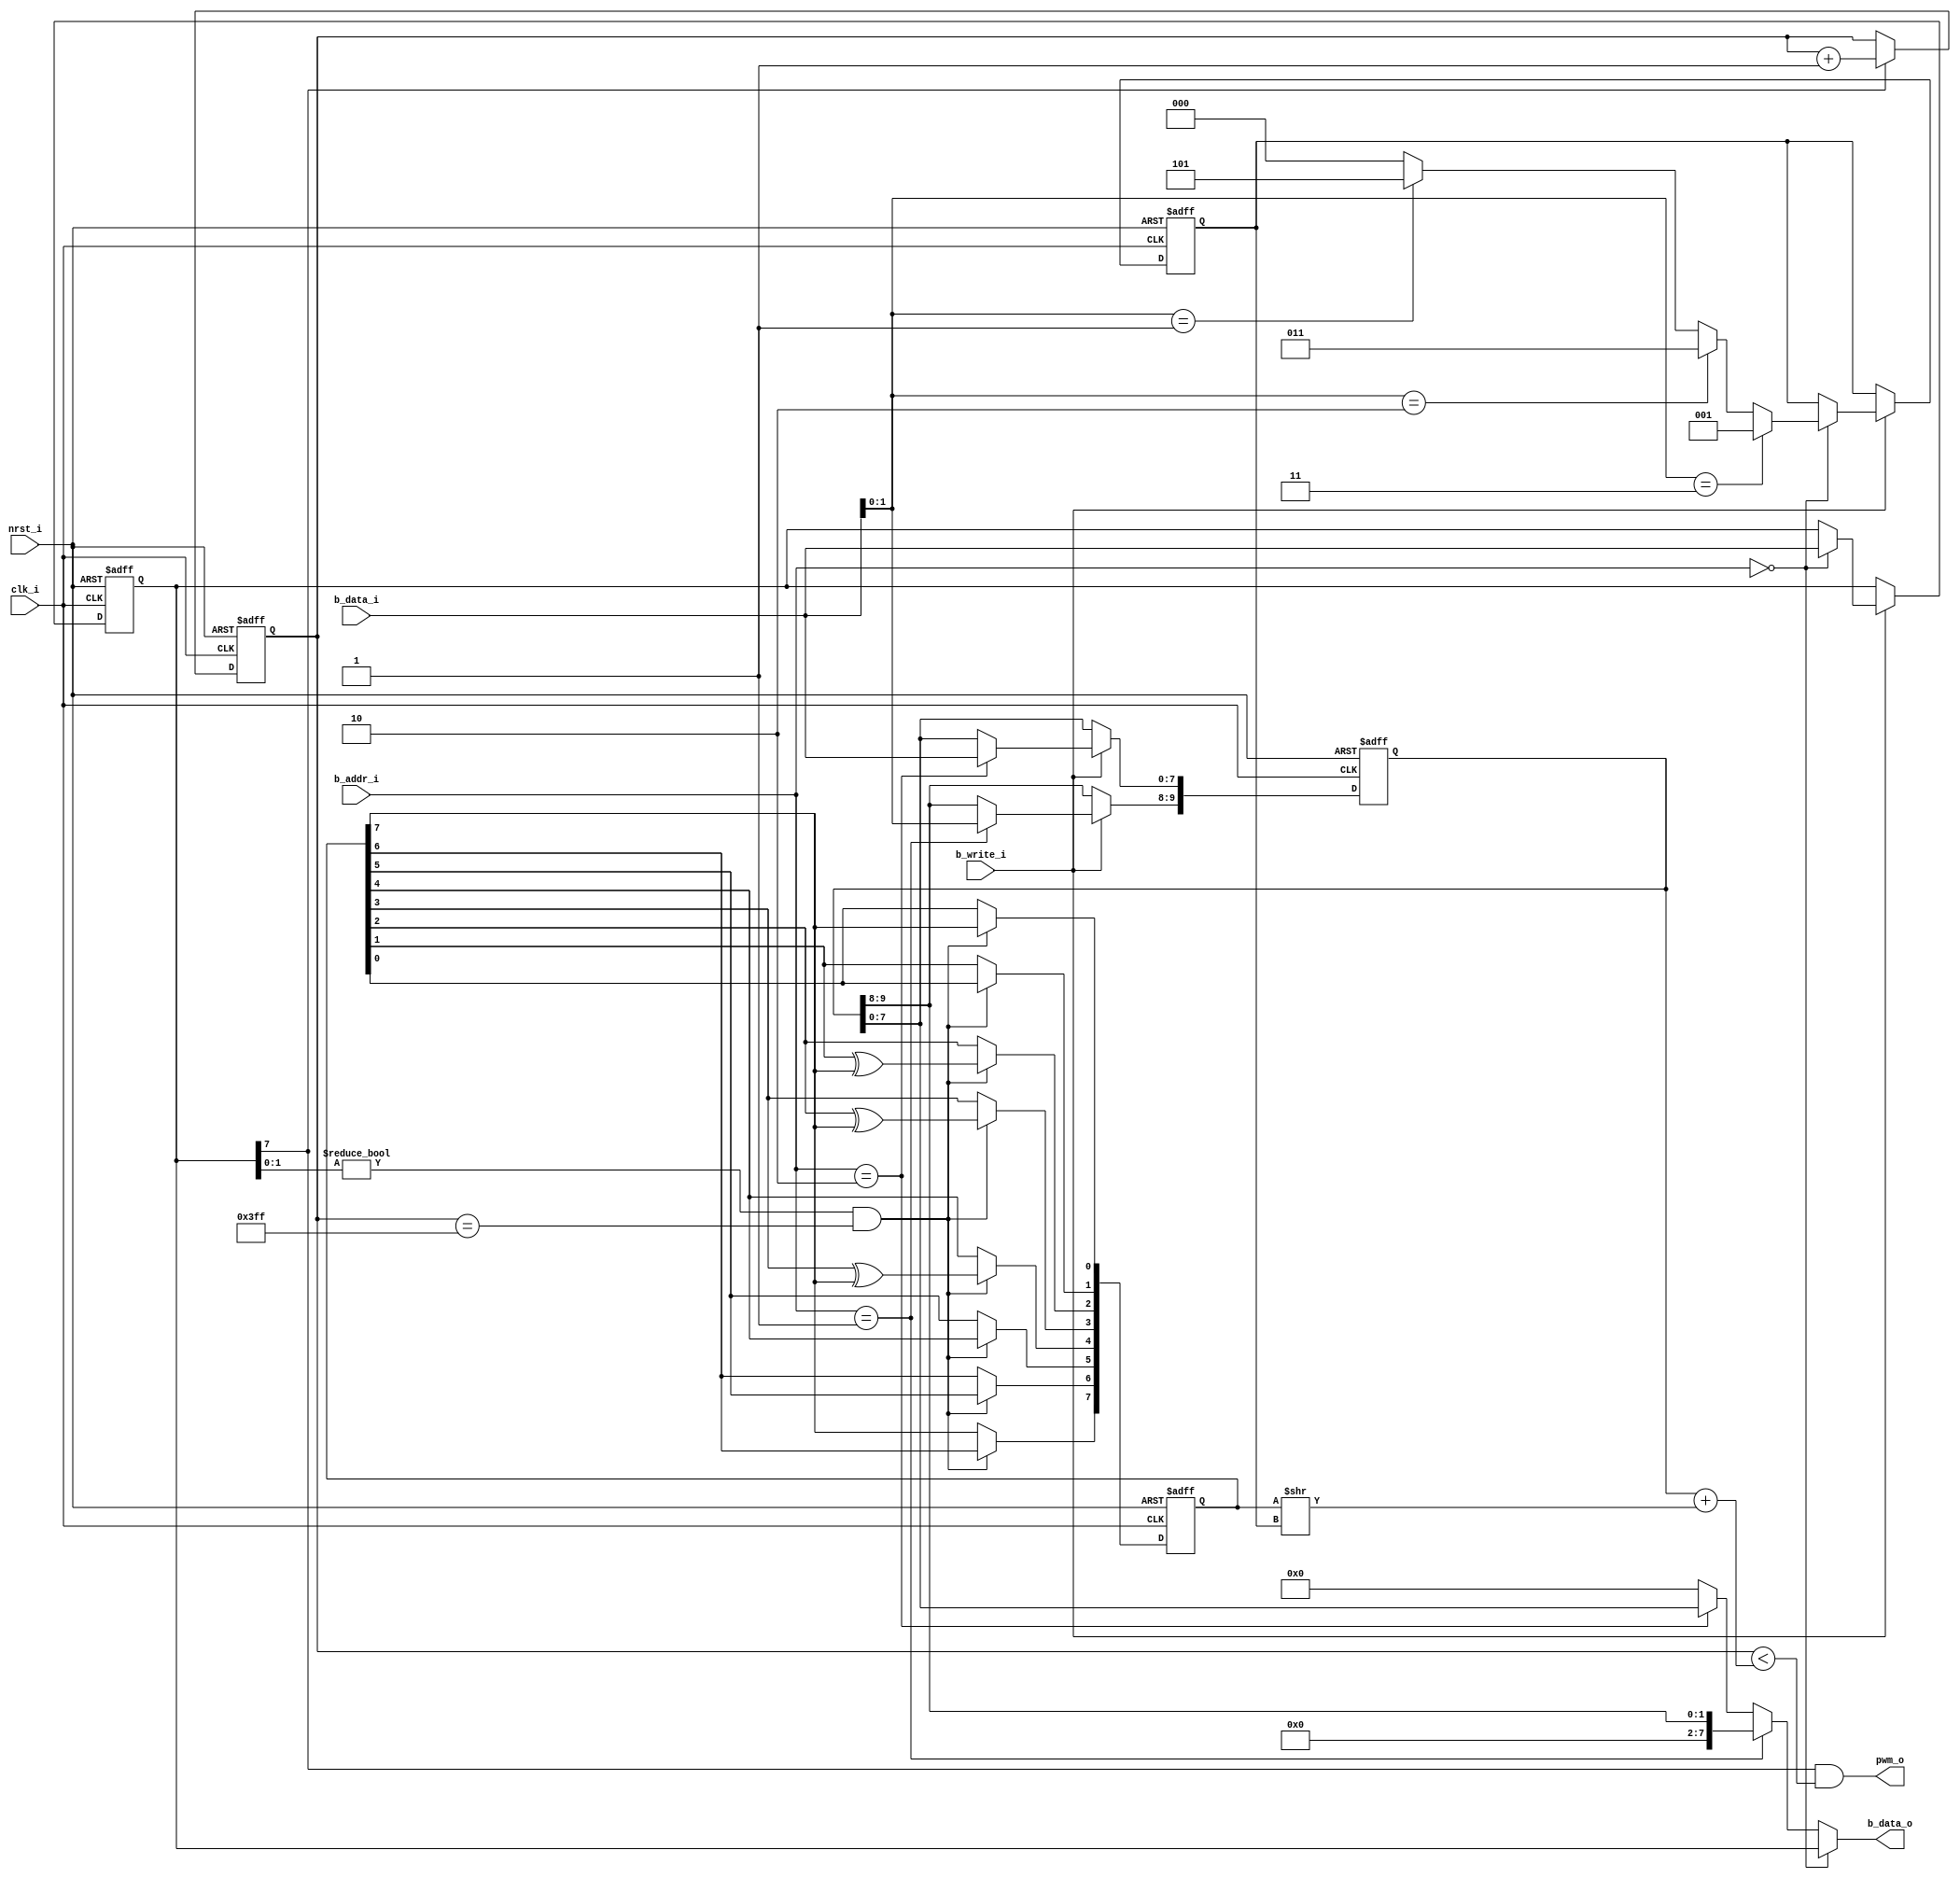
`define PWM_BITS					10

module pwm (
	input  wire [7:0] b_addr_i ,
	input  wire [7:0] b_data_i ,
	output wire [7:0] b_data_o ,
	input  wire       b_write_i,
	input  wire       clk_i    ,
	input  wire       nrst_i   ,
	output wire       pwm_o
);

	reg [`PWM_BITS - 1:0] duty_cycle;
	reg [`PWM_BITS - 1:0] counter   ;

	reg  [ 7:0] ctl0          ;
	wire [12:0] counter_next  ;
	reg  [ 7:0] lfsr          ;
	wire        lfsr_feedback ;
	wire [ 7:0] lfsr_shifted  ;
	reg  [ 2:0] lfsr_shift    ;
	wire        cycle_complete;
	wire        ctl0_enable   ;
	wire [ 1:0] ctl0_ss       ;
	wire [12:0] cycle_value   ;

	// register i/o
	always @(posedge clk_i or negedge nrst_i) begin
		if(~nrst_i) begin
			ctl0 <= 0;
			duty_cycle <= 0;
			lfsr_shift <= 0;
		end else begin
			if (b_write_i) begin
				case (b_addr_i)
					'h00: begin
						ctl0 <= b_data_i;
						lfsr_shift <= 
							b_data_i[1:0] == 'b11 ? 3'h1 :
							b_data_i[1:0] == 'b10 ? 3'h3 :
							b_data_i[1:0] == 'b01 ? 3'h5 : 3'b0;
					end
					'h01: begin
						duty_cycle[`PWM_BITS - 1:8] <= b_data_i[`PWM_BITS - 8 - 1:0];
					end
					'h02: begin
						duty_cycle[7:0] <= b_data_i;
					end
				endcase
			end
		end
	end

	// lfsr
	always @(posedge clk_i or negedge nrst_i) begin
		if(~nrst_i) begin
			lfsr <= 8'hFF;
		end else begin
			if ((ctl0_ss != 0) & cycle_complete) begin 
				lfsr[0] <= lfsr_feedback;
				lfsr[1] <= lfsr[0];
				lfsr[2] <= lfsr[1] ^ lfsr_feedback;
				lfsr[3] <= lfsr[2] ^ lfsr_feedback;
				lfsr[4] <= lfsr[3] ^ lfsr_feedback;
				lfsr[5] <= lfsr[4];
				lfsr[6] <= lfsr[5];
				lfsr[7] <= lfsr[6];
			end
		end
	end

	// pwm output
	always @(posedge clk_i or negedge nrst_i) begin
		if(~nrst_i) begin
			counter <= 0;
		end else begin
			if (ctl0_enable) begin
				counter <= counter_next[`PWM_BITS - 1:0];
			end
		end
	end

	assign lfsr_feedback  = lfsr[7];
	assign cycle_complete = counter == ('b1 << `PWM_BITS) - 1;

	assign b_data_o =
		(b_addr_i == 'h00) ? ctl0 :
		(b_addr_i == 'h01) ? { 6'b0, duty_cycle[`PWM_BITS - 1:8] } :
		(b_addr_i == 'h02) ? duty_cycle[7:0] : 8'h00;

	assign lfsr_shifted = lfsr >> lfsr_shift;
	assign counter_next = counter + 1;
	
	assign cycle_value[12:0] = duty_cycle + lfsr_shifted;
	assign pwm_o = ctl0_enable && (counter < cycle_value);

	assign ctl0_enable  = ctl0[7];
	assign ctl0_ss[1:0] = ctl0[1:0];

endmodule